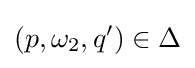
(p,\omega _{2},q')\in \Delta